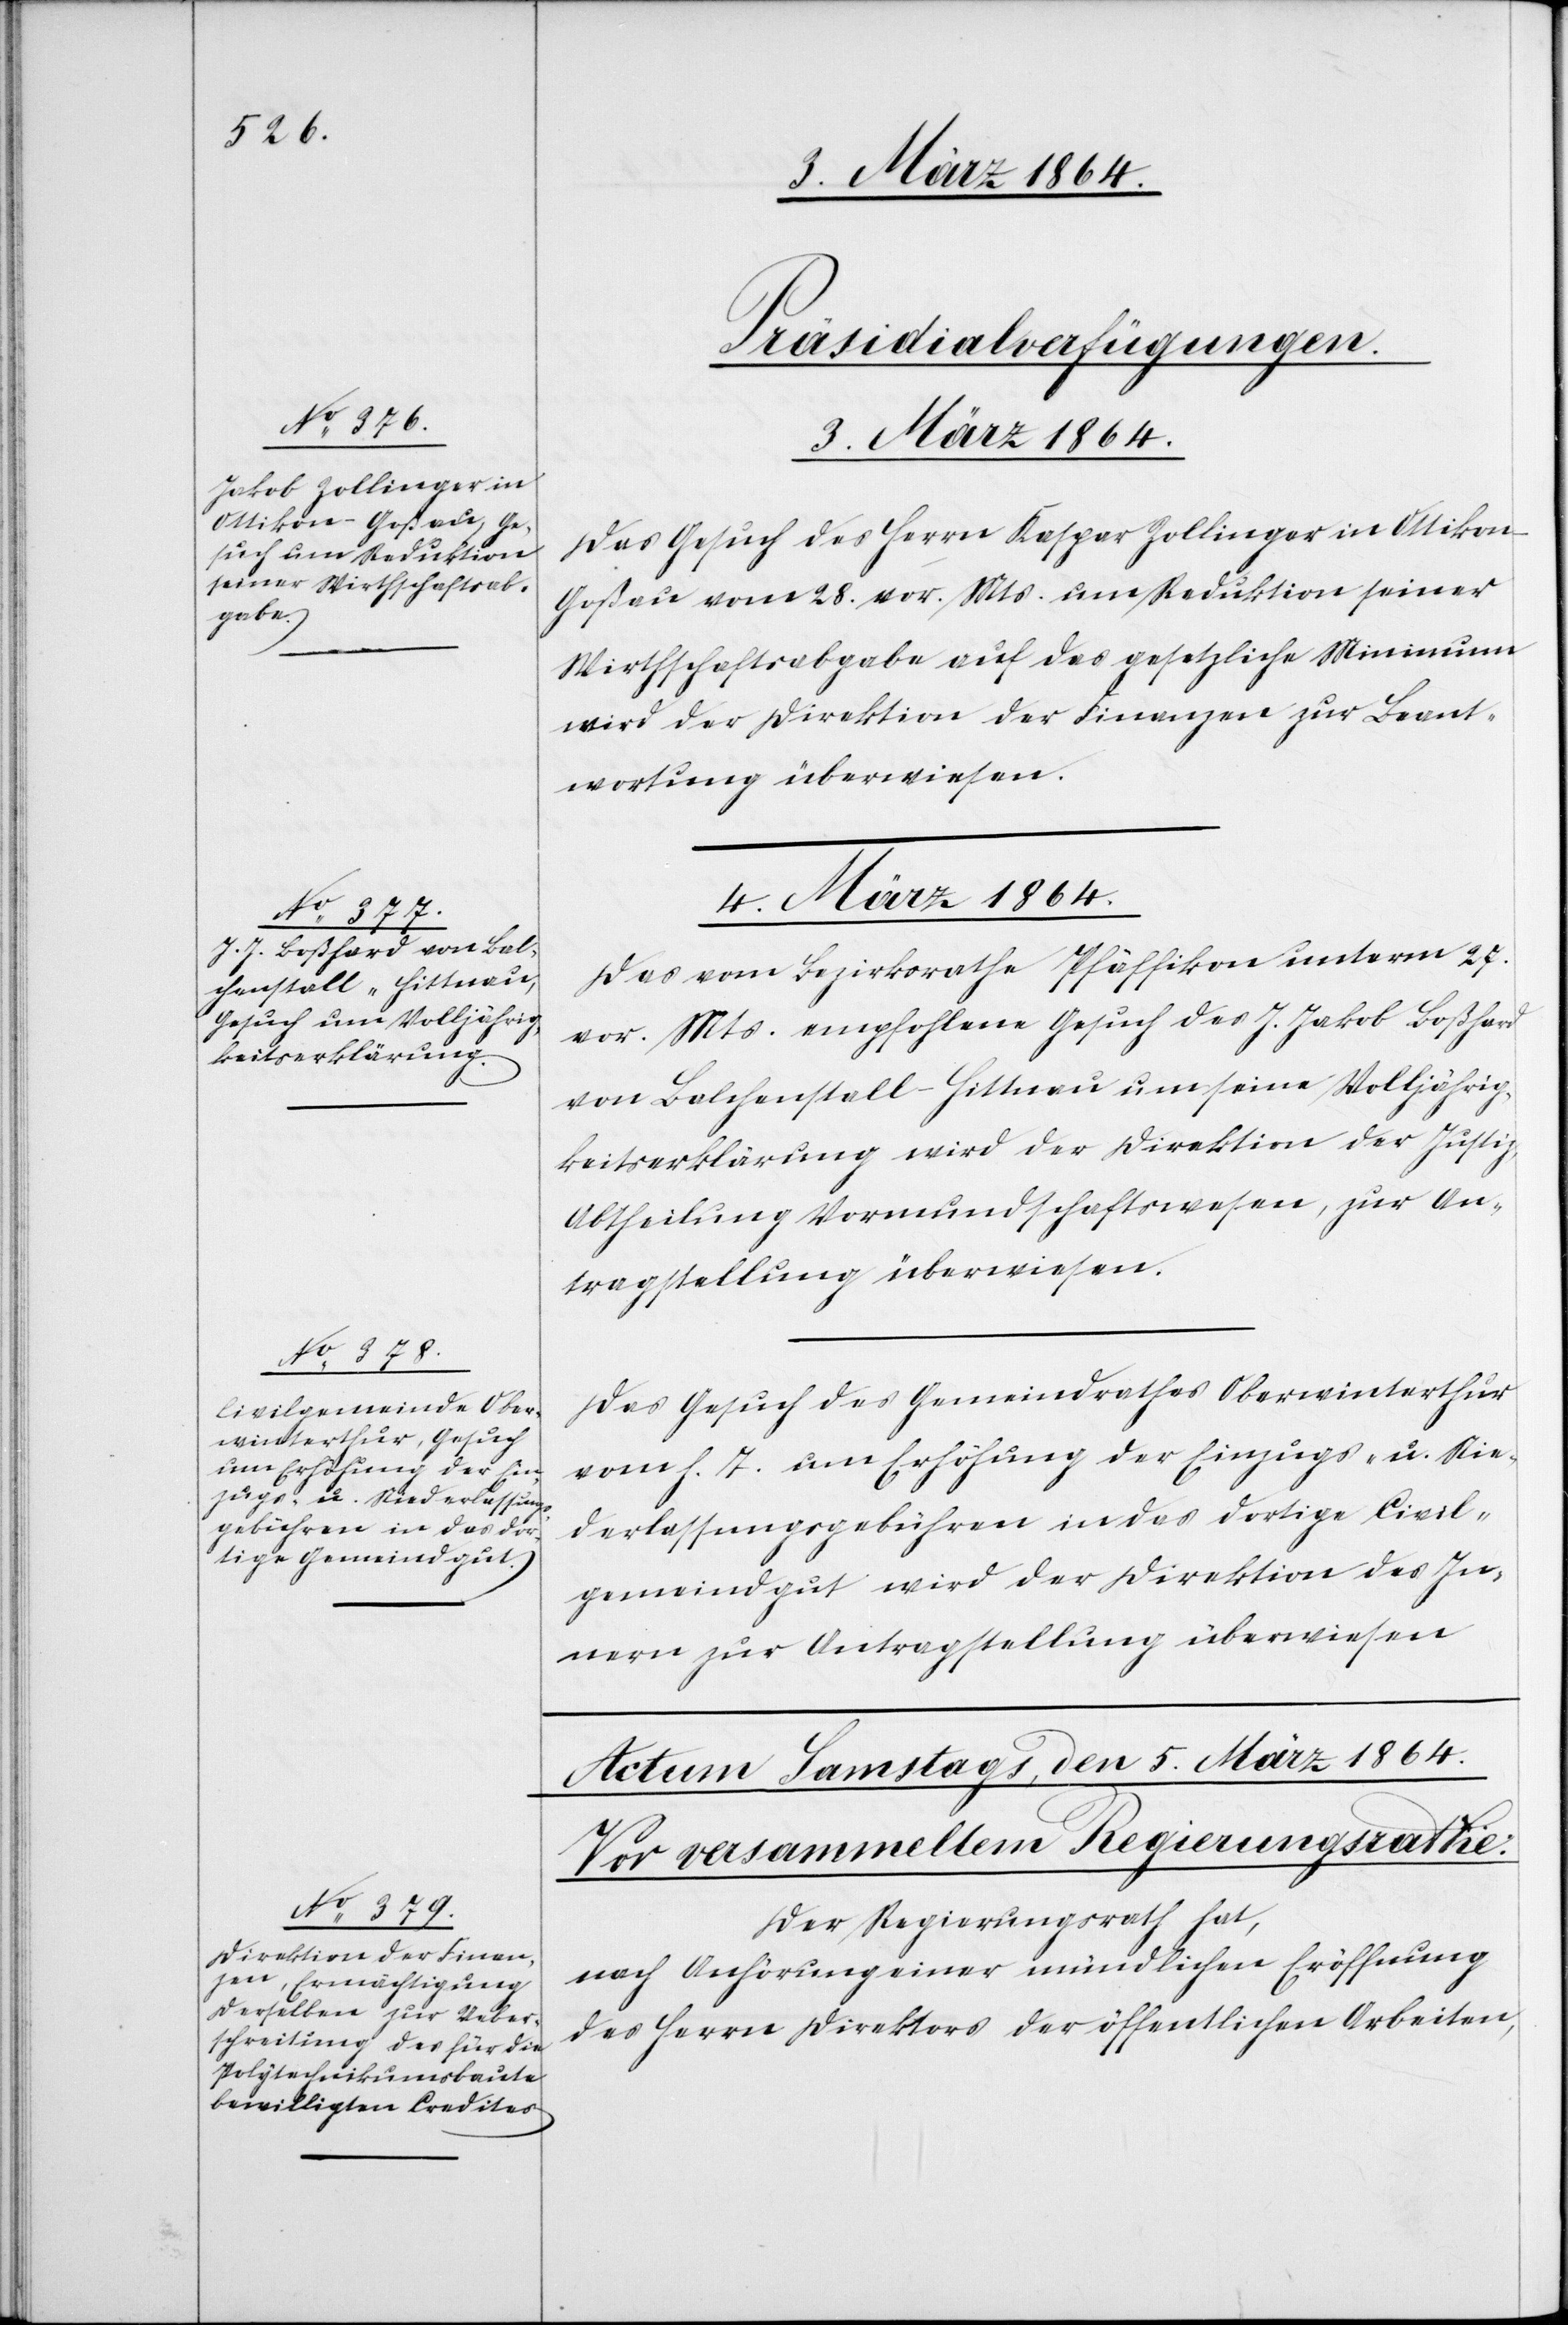
[Präsidialverfügungen.
3. März 1864.
Das Gesuch des Herrn Kaspar [sic!] Zollinger in Ottiko¬
n-Goßau vom 28. vor. Mts. um Reduktion seiner
Wirthschaftsabgabe auf das gesetzliche Minimum
wird der Direktion der Finanzen zur Beant¬
wortung überwiesen.
4. März 1864.]
Das vom Bezirksrathe Pfäffikon unterm 27.
vor. Mts. empfohlene Gesuch des J. Jakob Boßhard
von Balchenstall-Hittnau um seine Volljährig¬
keitserklärung wird der Direktion der Justiz,
Abtheilung Vormundschaftswesen, zur An¬
tragstellung überwiesen.
Das Gesuch des Gemeindrathes Oberwinterthur
vom h. T. um Erhöhung der Einzugs- u. Nie¬
derlassungsgebühren in das dortige Civil¬
gemeindgut wird der Direktion des In¬
nern zur Antragstellung überwiesen[.]
Der Regierungsrath hat,
nach Anhörung einer mündlichen Eröffnung
des Herrn Direktors der öffentlichen Arbeiten,